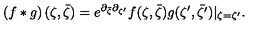
\left( f * g \right) ( \zeta , \bar { \zeta } ) = e ^ { \partial _ { { \bar { \zeta } } } \partial _ { { \zeta ^ { \prime } } } } f ( \zeta , \bar { \zeta } ) g ( \zeta ^ { \prime } , \bar { \zeta ^ { \prime } } ) | _ { \zeta = \zeta ^ { \prime } } .